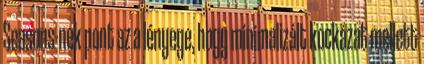
Seasons-nek pont az a lényege, hogy minimalizált kockázat mellett